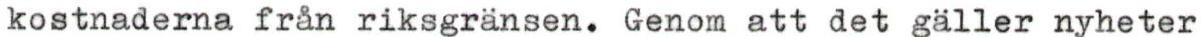
kostnaderna från riksgränsen. Genom att det gäller nyheter